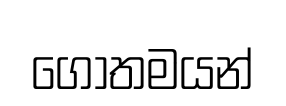
ගොතමයන්